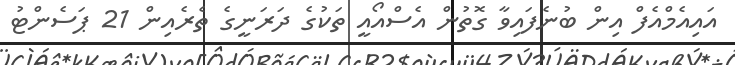
އައިއެމްއެފް އިން ބުނެފައިވާ ގޮތުން އެސްއޯއީ ތަކުގެ ދަރަނީގެ ތެރެއިން 21 ޕަސެންޓު